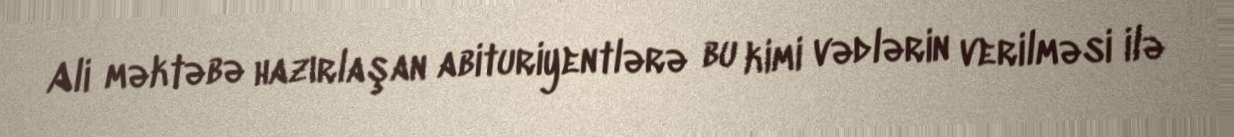
Ali məktəbə hazırlaşan abituriyentlərə bu kimi vədlərin verilməsi ilə